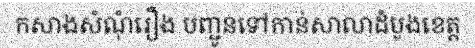
កសាងសំណុំរឿង បញ្ជូនទៅកាន់សាលាដំបូងខេត្ត